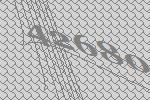
42680